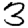
Digit: 3